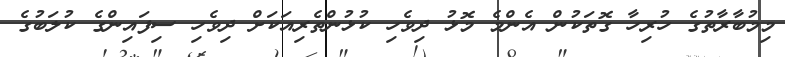
މިމުބާރާތުގެ ހުރިހާ ގޮތަކުން އެންމެ މޮޅު ދިވެހި ކުޅުންތެރިއަކަށް ދިވެހި ސިފައިންގެ ކުލަބުގެ